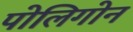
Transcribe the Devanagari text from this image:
पोलिगोन